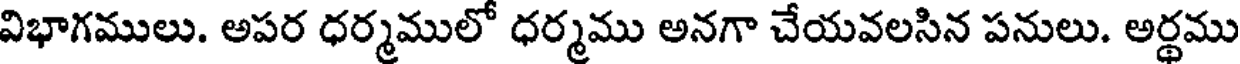
విభాగములు. అపర ధర్మములో ధర్మము అనగా చేయవలసిన పనులు. అర్థము